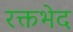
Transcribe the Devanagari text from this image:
रक्तभेद